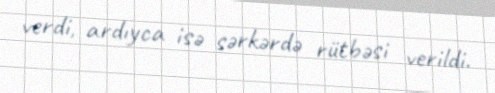
verdi, ardıyca isə sərkərdə rütbəsi verildi.